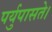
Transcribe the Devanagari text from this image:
पर्युपासते।